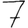
Digit: 7